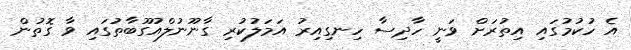
އެ ހުކުމުގައި އިތުރަށް ވަނީ ހާދިސާ ހިނގިއިރު އަމަލުކުރި ގާނޫނުލްއުގޫބާތުގައި ވާ ގޮތުން